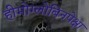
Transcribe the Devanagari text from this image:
हीमोग्लोबिनपेक्षा